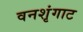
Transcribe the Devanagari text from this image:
वनशृंगाट